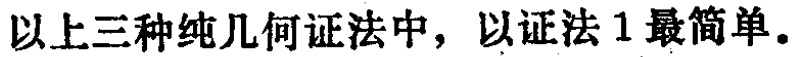
以上三种纯几何证法中，以证法 1 最简单。